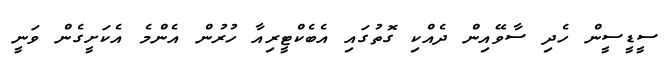
ސީޑީސީން ހެދި ސާވޭއިން ދެއްކި ގޮތުގައި އެބެކްޓީރިއާ ހުރުން އެންމެ އެކަށީގެން ވަނީ